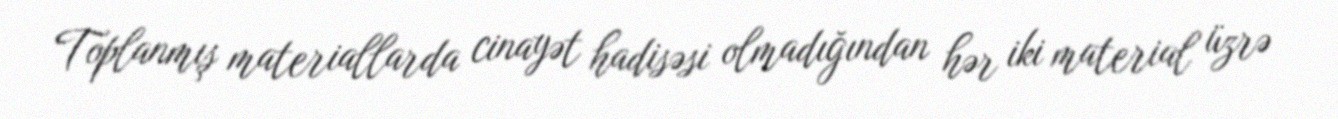
Toplanmış materiallarda cinayət hadisəsi olmadığından hər iki material üzrə